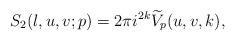
LaTeX: \begin{align*} S_2(l,u,v;p)=2\pi i^{2k}\widetilde{V}_{p}(u,v,k),\end{align*}